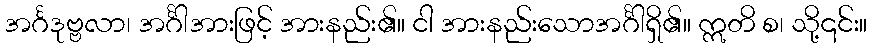
အင်္ဂဒုဗ္ဗလာ၊ အင်္ဂါအားဖြင့် အားနည်း၏။ ငါ အားနည်းသောအင်္ဂါရှိ၏။ ဣတိ စ၊ သို့၎င်း။